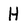
Character: H